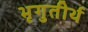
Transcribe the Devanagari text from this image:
भृगुतीर्थ